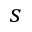
s